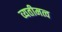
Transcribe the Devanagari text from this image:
व्यतीमत्व